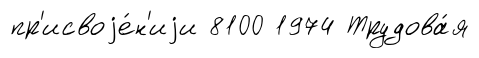
пр'исвоjе́н'иjи 8100 1974 Трудова́я